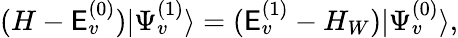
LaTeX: (H-\mathsf{E}_{v}^{(0)})|\Psi_{v}^{(1)}\rangle=(\mathsf{E}_{v}^{(1)}-H_{W})|\Psi_{v}^{(0)}\rangle,